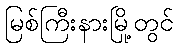
မြစ်ကြီးနားမြို့တွင်